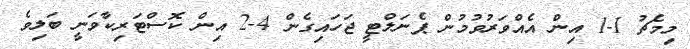
މިމެޗު 1-1 އިން އެއްވަރުވުމުން ޕެނަލްޓީ ޖަހައިގެން 4-2 އިން ކޮސްޓަރިކާވަނީ ބަލިވެ